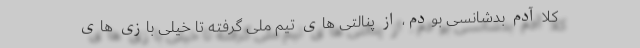
کلا آدم بدشانسی بودم، از پنالتی های تیم ملی گرفته تا خیلی بازی های